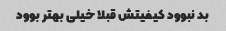
بد نبوود کیفیتش قبلا خیلی بهتر بوود